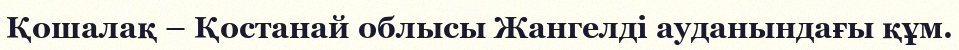
Қошалақ – Қостанай облысы Жангелді ауданындағы құм.